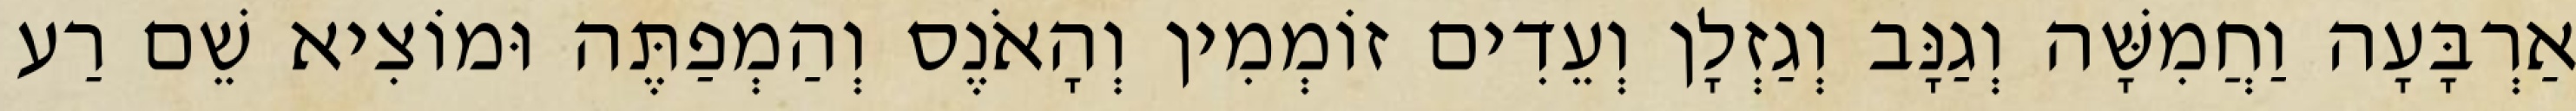
אַרְבָּעָה וַחֲמִשָּׁה וְגַנָּב וְגַזְלָן וְעֵדִים זוֹמְמִין וְהָאֹנֶס וְהַמְפַתֶּה וּמוֹצִיא שֵׁם רַע